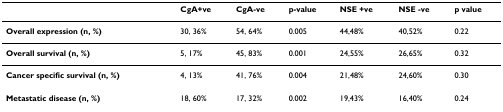
|  | CgA+ve | CgA-ve | p-value | NSE +ve | NSE -ve | p value |
 | --- | --- | --- | --- | --- | --- | --- |
 | Overall expression (n, %) | 30, 36% | 54, 64% | 0.005 | 44,48% | 40,52% | 0.22 |
 | Overall survival (n, %) | 5, 17% | 45, 83% | 0.001 | 24,55% | 26,65% | 0.32 |
 | Cancer specific survival (n, %) | 4, 13% | 41, 76% | 0.004 | 21,48% | 24,60% | 0.30 |
 | Metastatic disease (n, %) | 18, 60% | 17, 32% | 0.002 | 19,43% | 16,40% | 0.24 |